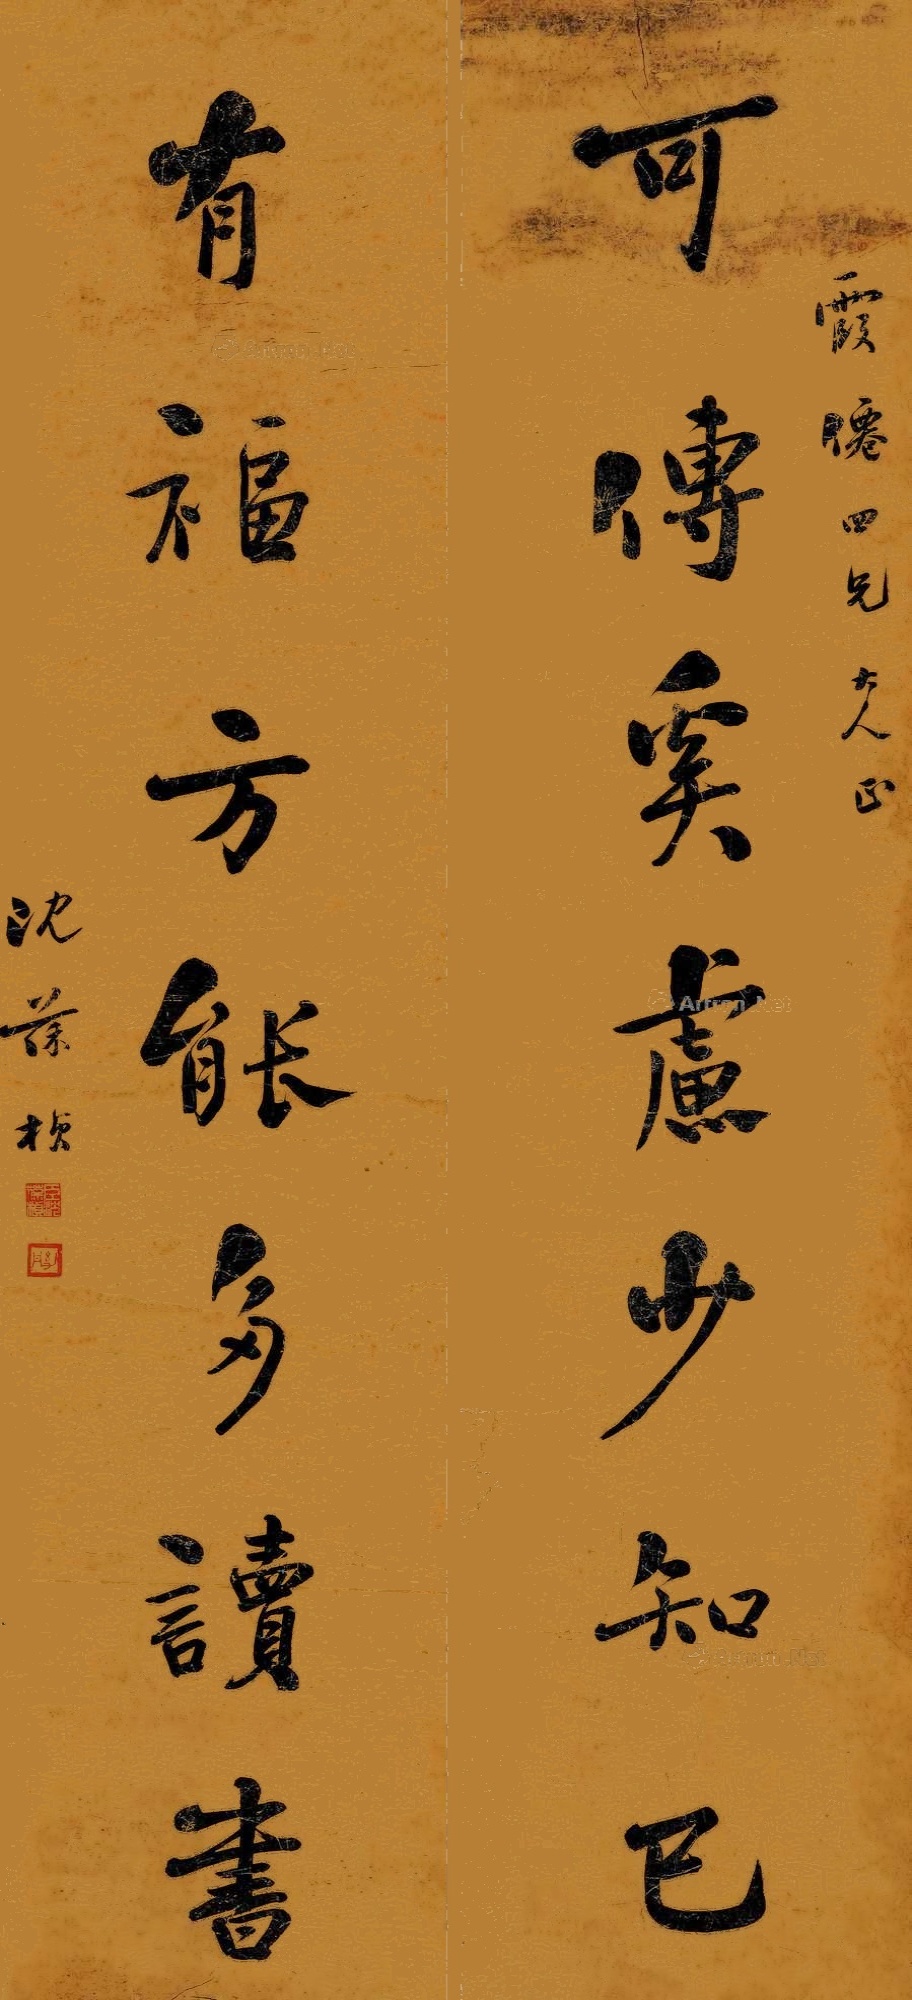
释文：可传奚虑少知己，有福方能多读书。霞仙四兄大人正，沈葆桢。